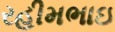
રહીમભાઇ